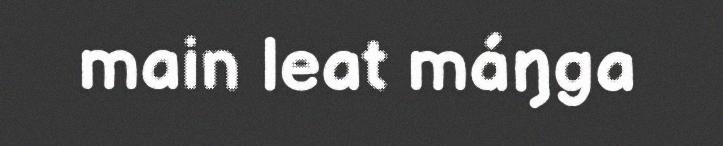
main leat máŋga